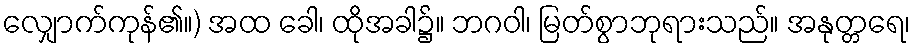
လျှောက်ကုန်၏။) အထ ခေါ၊ ထိုအခါ၌။ ဘဂဝါ၊ မြတ်စွာဘုရားသည်။ အနုတ္တရေ၊